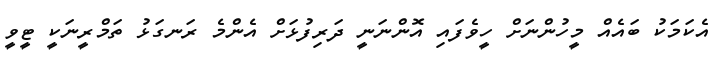
އެކަމަކު ބައެއް މީހުންނަށް ހީވެފައި އޮންނަނީ ދަރިފުޅަށް އެންމެ ރަނގަޅު ތަމްރީނަކީ ޓީވީ